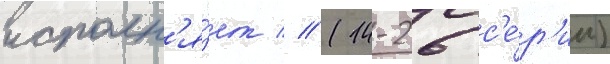
исполн'я́ет // (14-26 с'е́р'ии)